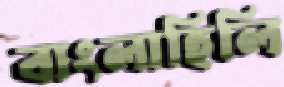
বাংলাহিলি